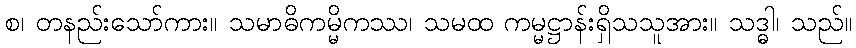
စ၊ တနည်းသော်ကား။ သမာဓိကမ္မိကဿ၊ သမထ ကမ္မဋ္ဌာန်းရှိသသူအား။ သဒ္ဓါ၊ သည်။